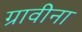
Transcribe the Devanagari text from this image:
ग्रावीना